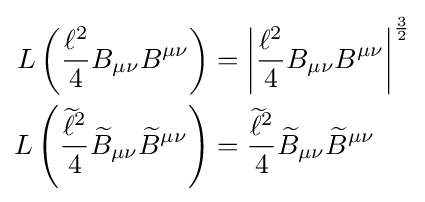
{\begin{aligned}L\left({\frac {\ell ^{2}}{4}}B_{\mu \nu }B^{\mu \nu }\right)&=\left|{\frac {\ell ^{2}}{4}}B_{\mu \nu }B^{\mu \nu }\right|^{\frac {3}{2}}\\L\left({\frac {{\widetilde {\ell }}^{2}}{4}}{\widetilde {B}}_{\mu \nu }{\widetilde {B}}^{\mu \nu }\right)&={\frac {{\widetilde {\ell }}^{2}}{4}}{\widetilde {B}}_{\mu \nu }{\widetilde {B}}^{\mu \nu }\end{aligned}}